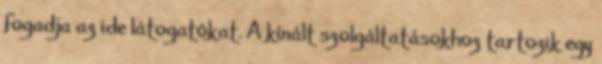
fogadja az ide látogatókat. A kínált szolgáltatásokhoz tartozik egy